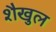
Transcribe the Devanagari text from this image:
शैखुल